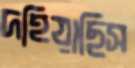
দহিয়াছিস